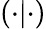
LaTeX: \left(\cdot|\cdot\right)